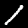
Digit: 1